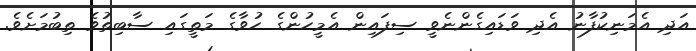
އަދި އެމަނިކުފާނު އެދި ވަޑައިގެންނެވީ ސިފައިން އެމީހުންގެ ހުވާގެ މަތީގައި ސާބިތުވެ ތިބުމަށެވެ.